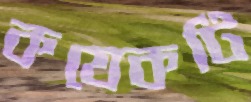
কযেকটি